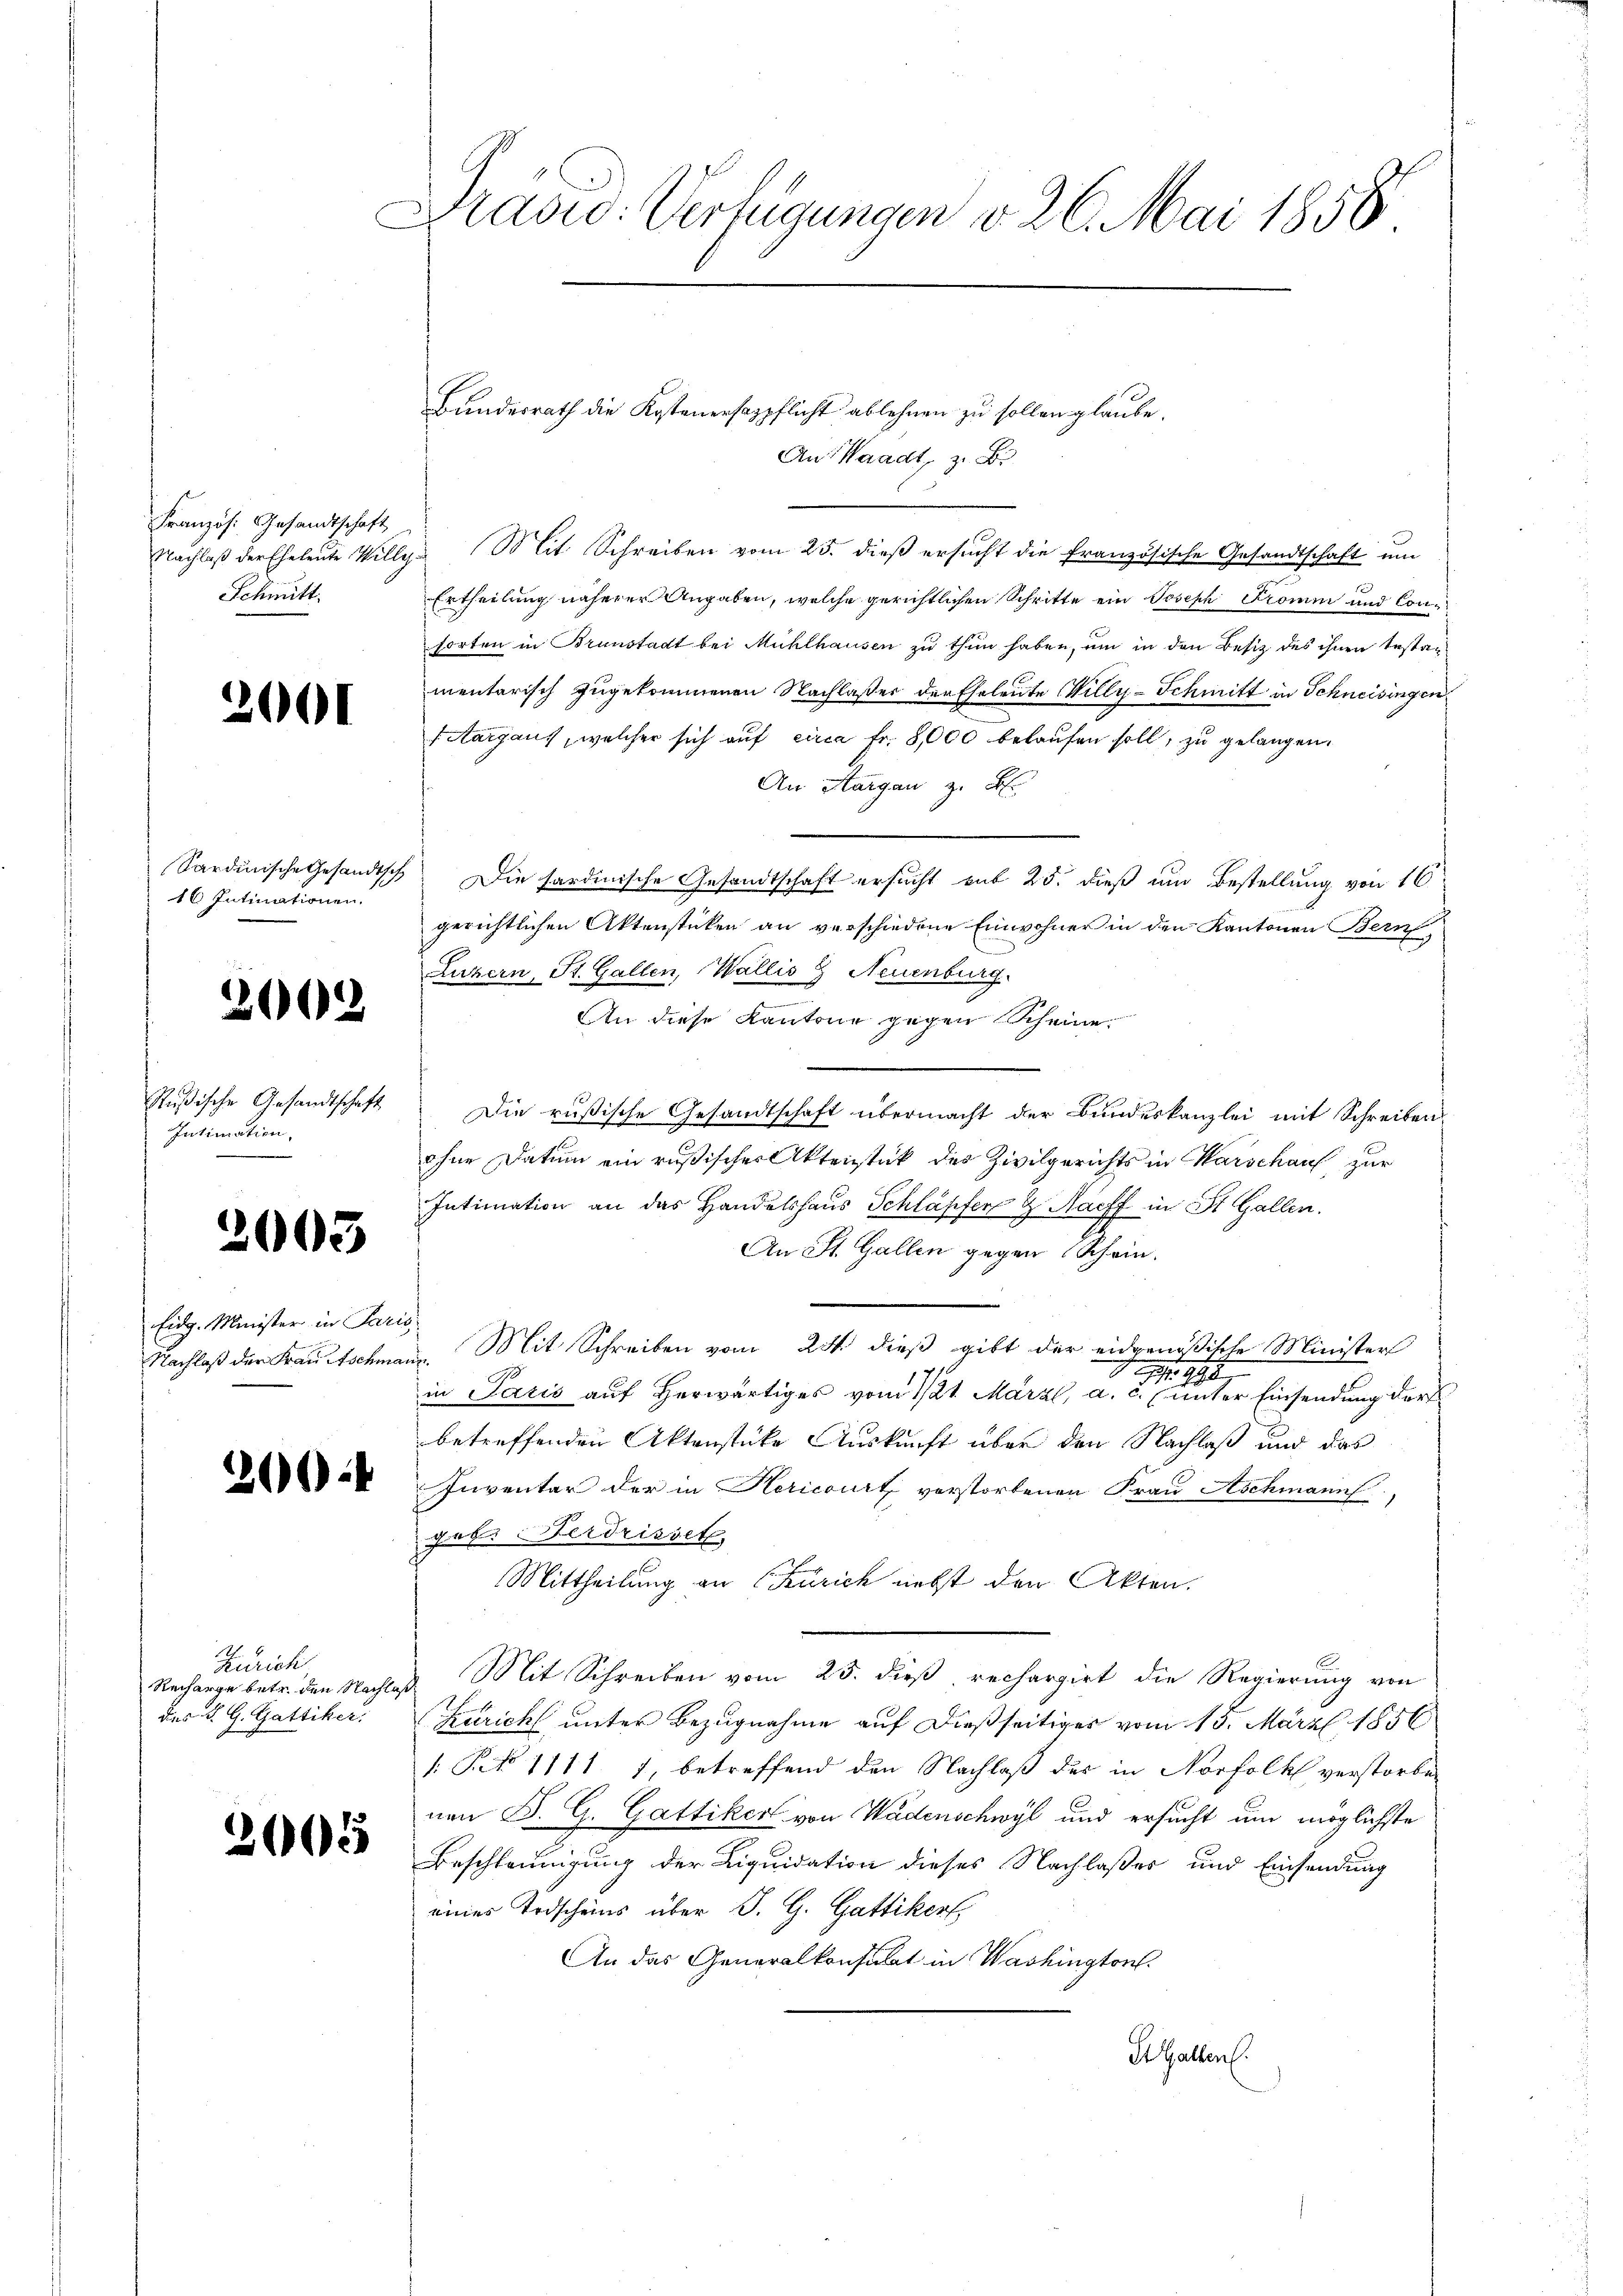
Französ. Gesandtschaft
Schmitt

2

.

16 Intimationen.

2000

Rußische Gesandtschaft
Intimation,

2005

Eidg. Minister in Paris,

Zürich

2065

Präsid. Verfügungen v. 26. Mai 1858

An Waadt, z. B.
Nachlaβ der Eheleute Ville Mit Schreiben vom 25. dieβ ersŭcht die französische Gesandtschaft um
Ertheilung näherer Angaben, welche gerichtlichen Schritte ein Joseph Promen und Consorten in Brunstadt bei Mühlhausen zu thun haben, um in den Besitz des ihnen Testamentarisch zugekommenen Nachlasses der Eheleute Willy-Schmitt in Schneisingen
Aargaus, welcher sich auf circa Fr. 8,000 belaufen soll, zu gelangen.
An Aargau z. B.
Sardinische Gesandtsch, Die sardinische Gesandtschaft ersucht mit 25. dieß um Bestellung von 16
gerichtlichen Aktenstücken an verschiedene Einwohner in den Kantonen Bern
Luzern, St. Gallen, Wallis  Neuenburg.
e
An diese Kantone gegen Scheine
Die rußische Gesandtschaft übermacht der Bundeskanzlei mit Schreiben
ohne Datum ein rußischer Aktenstück des Zivilgerichts in Warschauf, zur
Intimation an das Handelshaus Schläpfer  Haiff in St. Gallen.
An St. Gallen gegen Schein.
Nachlaß der Krautschmann. Mit Schreiben vom 24. dieß gibt der eidgenößische Minister
 998
in Paris auf herwärtiges vom 121. Märzl, a. c. (unter Einsendung darf
betreffenden Aktenstücke Auskunft über den Nachlaß und das
 Inventar der in Hericourt verstorbenen Frau Aschmann,
geb. Verdrisset
Mittheilung an (Zürich nebst den Akten.
Recharge betr. den Nachlaß Mit Schreiben vom 25. dieß, rechargirt die Regierung von
des K. G. Gattiker. Zürich unter Bezugnahme auf dießseitiger vom 15. März 1856
: P. 1111 1, betreffend den Nachlaß des in Norfolk verstorben
nen B. G. Gattiker von Wädenschwyl und ersucht um möglichste
Beschleunigung der Liquidation dieses Nachlaßes und Einsendung
eines Todscheins über J. G. Gattiker,
An das Generalkonsulat in Washington
Hallen.

Bundesrath die Kostenensazpflicht ablehnen zu sollen glaube.